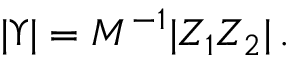
| \Upsilon | = M ^ { - 1 } | Z _ { 1 } Z _ { 2 } | \, .